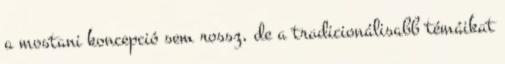
a mostani koncepció sem rossz, de a tradicionálisabb témáikat